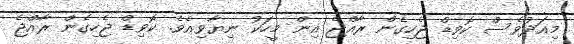
މިއަދުވެސް ކޮވިޑް ޖެހިގެން ރާއްޖެ އިން މީހަކު ނިޔާވިއެވެ. ކޮވިޑް ޖެހިގެން ރާއްޖެ